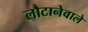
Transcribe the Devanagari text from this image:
लौटानेवाले